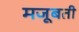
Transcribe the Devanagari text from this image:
मजूबती